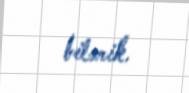
bilərik.